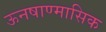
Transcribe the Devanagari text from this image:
ऊनषाण्मासिक